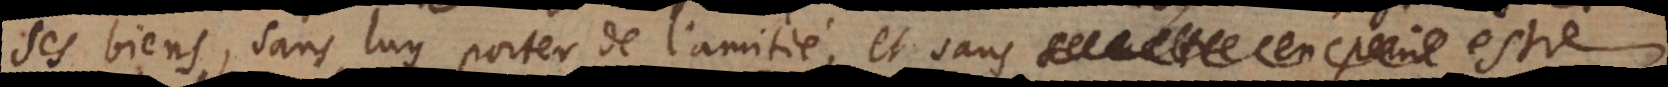
ses biens, sans luy porter de l’amitié, et sans estre